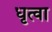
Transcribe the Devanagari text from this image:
धृत्वा